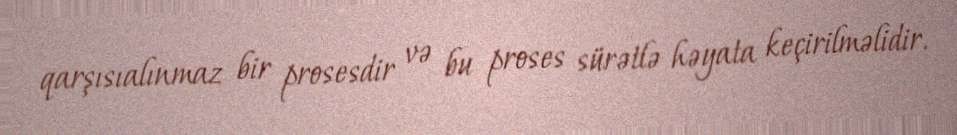
qarşısıalınmaz bir prosesdir və bu proses sürətlə həyata keçirilməlidir.